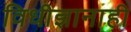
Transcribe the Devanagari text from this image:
विधीज्ञानाही